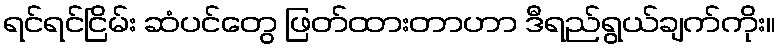
ရင်ရင်ငြိမ်း ဆံပင်တွေ ဖြတ်ထားတာဟာ ဒီရည်ရွယ်ချက်ကိုး။